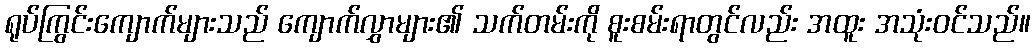
ရုပ်ကြွင်းကျောက်များသည် ကျောက်လွှာများ၏ သက်တမ်းကို စူးစမ်းရာတွင်လည်း အထူး အသုံးဝင်သည်။